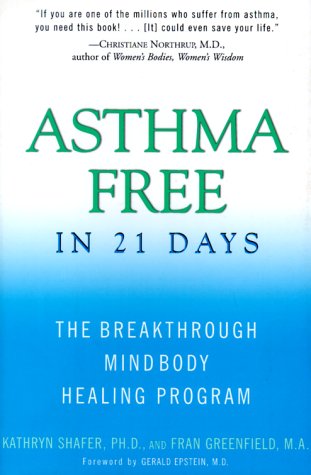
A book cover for Asthma Free in 21 Days: The Breakthrough Mind-Body Healing Program; Kathryn Shafer; Health, Fitness & Dieting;